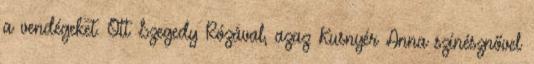
a vendégeket. Ott Szegedy Rózával, azaz Kusnyér Anna színésznővel